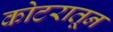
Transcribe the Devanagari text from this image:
कोटरातून